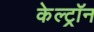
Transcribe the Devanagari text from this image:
केल्ट्रॉन